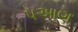
પઆણ